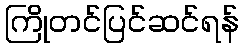
ကြိုတင်ပြင်ဆင်ရန်